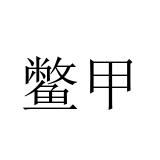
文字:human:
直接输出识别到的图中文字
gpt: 鳖甲